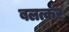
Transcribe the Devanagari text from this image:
बलत्कर